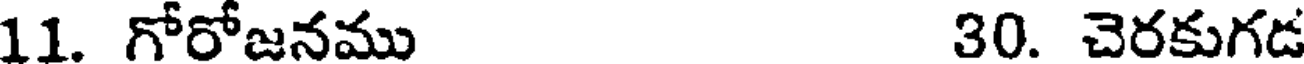
11. గోరోజనము 30. చెరకుగడ